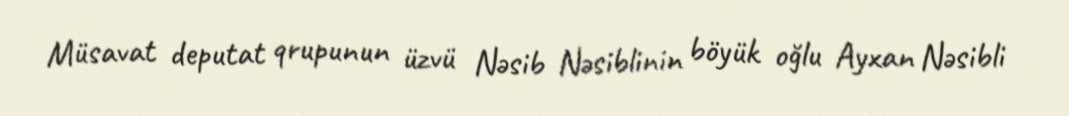
Müsavat deputat qrupunun üzvü Nəsib Nəsiblinin böyük oğlu Ayxan Nəsibli